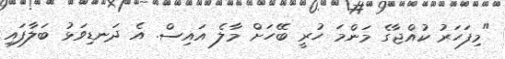
"މިފަހަރު ކުއްޖާގެ މަންމަ ހުރީ ބޭހަށް މާލެ އައިސް. އެ ދަނޑިވަޅު ބަލާފައި